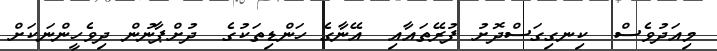
މިއަދުވެސް  ކިނގިގަސްދޮށު ފުރޭތައާއި  އޭނާގެ ހަންޑިތަކުގެ  ދުށްޕާނުން ދިވެހީންނަކަށް